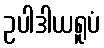
ဥပါဒါယရူပံ